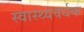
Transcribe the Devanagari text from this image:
स्‍वास्‍थ्‍यवर्धक